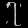
Digit: ၇